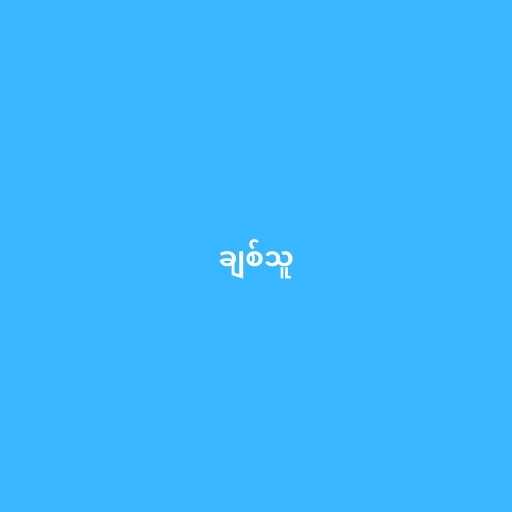
ချစ်သူ